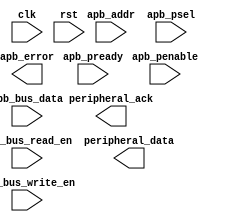
module APB_controller(
    input wire clk,
    input wire rst,
    input wire [7:0] apb_bus_data,
    input wire apb_bus_write_en,
    input wire apb_bus_read_en,
    input wire [15:0] apb_addr,
    input wire apb_psel,
    input wire apb_penable,
    input wire [1:0] apb_pready,
    output reg [31:0] peripheral_data,
    output reg peripheral_ack,
    output reg apb_error
);

// Timing control and synchronization logic goes here

endmodule